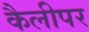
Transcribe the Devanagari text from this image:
कैलीपर